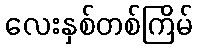
လေးနှစ်တစ်ကြိမ်